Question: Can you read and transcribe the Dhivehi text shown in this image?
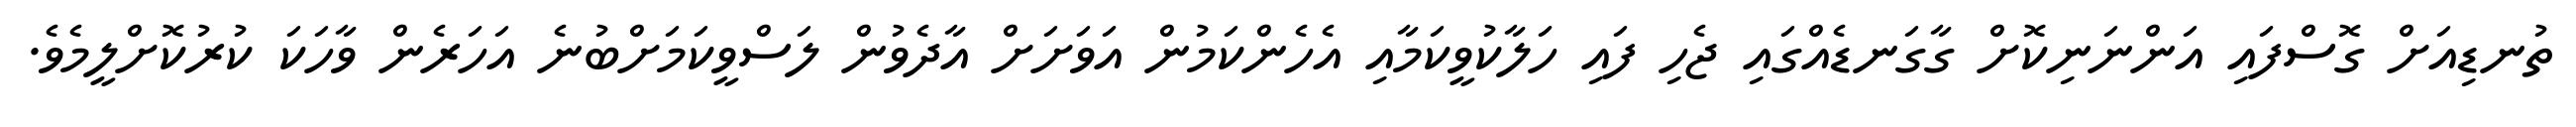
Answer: ތުނޑިއަށް ގޮސްފައި އަންނަނިކޮށް ގާގަނޑެއްގައި ޖެހި ފައި ހަލާކުވީކަމާއި އެހެންކަމުން އަވަށަށް އާދެވުން ލަސްވީކަމަށްބުނެ އަހަރެން ވާހަކަ ކުރުކޮށްލީމެވެ.